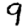
Digit: 9